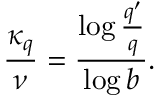
\frac { \kappa _ { q } } { \nu } = \frac { \log \frac { q ^ { \prime } } { q } } { \log b } .